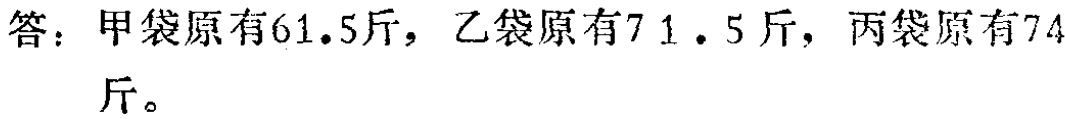
答：甲袋原有$61.5$斤，乙袋原有$71.5$斤，丙袋原有$74$斤。